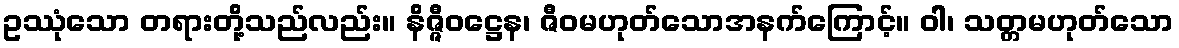
ဥဿုံသော တရားတို့သည်လည်း။ နိဇ္ဇီဝဋ္ဌေန၊ ဇီဝမဟုတ်သောအနက်ကြောင့်။ ဝါ၊ သတ္တမဟုတ်သော